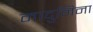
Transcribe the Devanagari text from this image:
मादुनिना